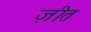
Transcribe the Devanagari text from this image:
ज़ीत